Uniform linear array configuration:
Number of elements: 8
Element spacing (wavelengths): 1
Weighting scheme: binomial
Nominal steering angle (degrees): -15
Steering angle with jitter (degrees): -15.964
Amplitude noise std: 0.05
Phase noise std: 0.05

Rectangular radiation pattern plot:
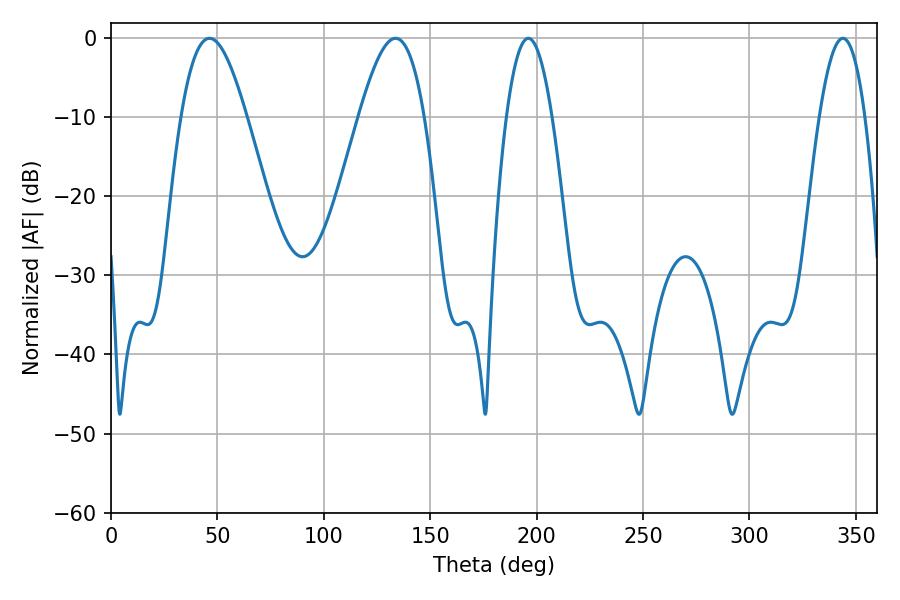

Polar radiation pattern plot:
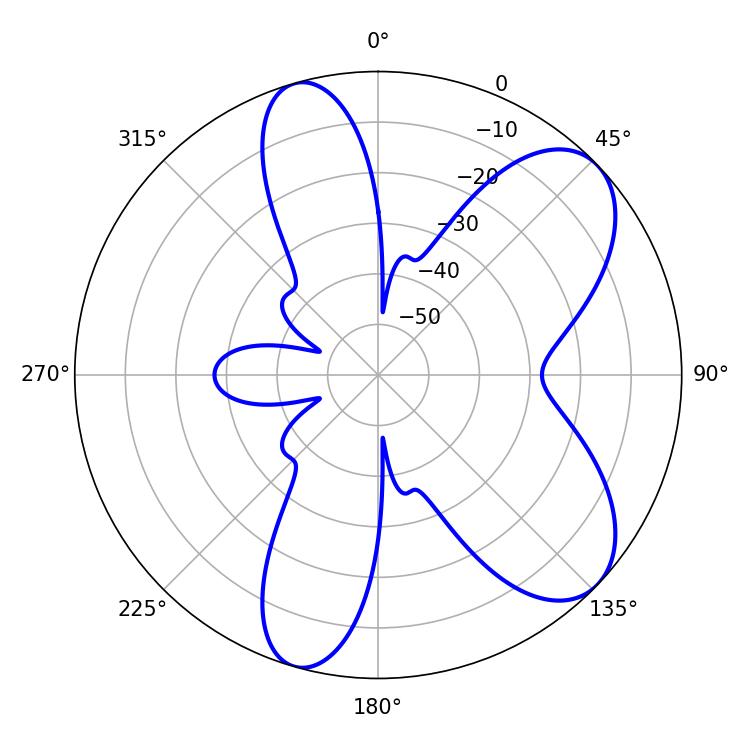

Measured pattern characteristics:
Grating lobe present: TRUE
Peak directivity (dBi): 7.695
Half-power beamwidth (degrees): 16.74
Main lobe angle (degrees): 46.26